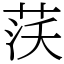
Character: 𦰚